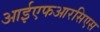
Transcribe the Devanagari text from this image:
आईएफआरसिएस